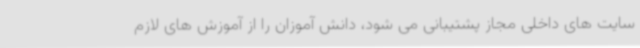
سایت های داخلی مجاز پشتیبانی می شود، دانش آموزان را از آموزش های لازم